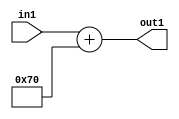
`timescale 1ps / 1ps
/*****************************************************************************
    Verilog RTL Description
    
    
    Created by: Stratus DpOpt 2019.1.01 
*******************************************************************************/

module DC_Filter_Add_12U_227_4 (
	in1,
	out1
	); /* architecture "behavioural" */ 
input [11:0] in1;
output [11:0] out1;
wire [11:0] asc001;

assign asc001 = 
	+(in1)
	+(12'B000001110000);

assign out1 = asc001;
endmodule

/* CADENCE  urj5QgE= : u9/ySgnWtBlWxVPRXgAZ4Og= ** DO NOT EDIT THIS LINE ******/